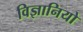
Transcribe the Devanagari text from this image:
विज्ञानियो